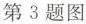
第3题图